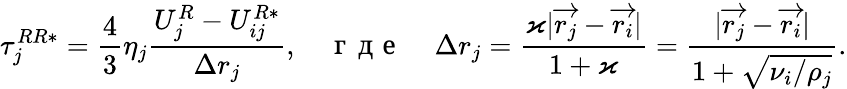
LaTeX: \tau_{j}^{RR*}=\frac{4}{3}\eta_{j}\frac{U_{j}^{R}-U_{ij}^{R*}}{\Delta r_{j}},\quad\mathrm{~г~д~е~}\quad\Delta r_{j}=\frac{\varkappa|\overrightarrow{r_{j}}-\overrightarrow{r_{i}}|}{1+\varkappa}=\frac{|\overrightarrow{r_{j}}-\overrightarrow{r_{i}}|}{1+\sqrt{\nu_{i}/\rho_{j}}}.